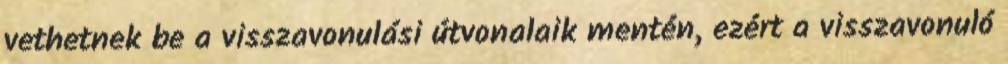
vethetnek be a visszavonulási útvonalaik mentén, ezért a visszavonuló